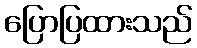
ပြောပြထားသည်